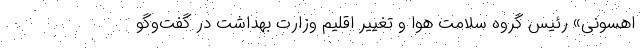
اهسونی» رئیس گروه سلامت هوا و تغییر اقلیم وزارت بهداشت در گفت‌و‌گو